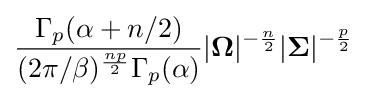
{\frac {\Gamma _{p}(\alpha +n/2)}{(2\pi /\beta )^{\frac {np}{2}}\Gamma _{p}(\alpha )}}|{\boldsymbol {\Omega }}|^{-{\frac {n}{2}}}|{\boldsymbol {\Sigma }}|^{-{\frac {p}{2}}}